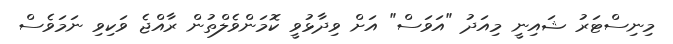
މިނިސްޓަރު ޝައިނީ މިއަދު "އަވަސް" އަށް ވިދާޅުވީ ކޮމަންވެލްތުން ރާއްޖެ ވަކިވި ނަމަވެސް